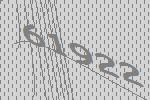
61922